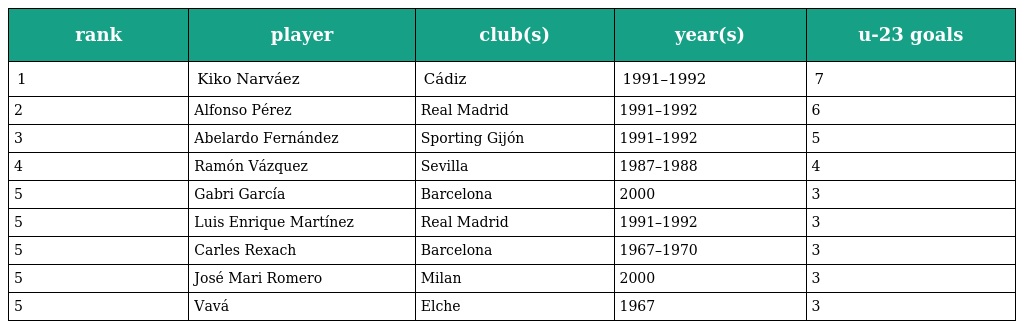
| rank | player | club(s) | year(s) | u-23 goals |
 | --- | --- | --- | --- | --- |
 | 1 | Kiko Narváez | Cádiz | 1991–1992 | 7 |
 | 2 | Alfonso Pérez | Real Madrid | 1991–1992 | 6 |
 | 3 | Abelardo Fernández | Sporting Gijón | 1991–1992 | 5 |
 | 4 | Ramón Vázquez | Sevilla | 1987–1988 | 4 |
 | 5 | Gabri García | Barcelona | 2000 | 3 |
 | 5 | Luis Enrique Martínez | Real Madrid | 1991–1992 | 3 |
 | 5 | Carles Rexach | Barcelona | 1967–1970 | 3 |
 | 5 | José Mari Romero | Milan | 2000 | 3 |
 | 5 | Vavá | Elche | 1967 | 3 |